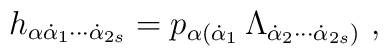
h_{\alpha\dot\alpha_1\cdots\dot\alpha_{2s}}=p_{\alpha(\dot\alpha_1}\,\Lambda_{\dot\alpha_2\cdots\dot\alpha_{2s})}\ ,